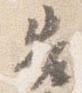
告